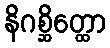
နိဂစ္ဆိတ္ထော